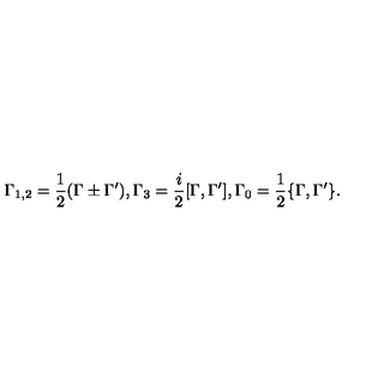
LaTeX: \Gamma _ { 1 , 2 } = \frac { 1 } { 2 } ( \Gamma \pm \Gamma ^ { \prime } ) , \Gamma _ { 3 } = \frac { i } { 2 } [ \Gamma , \Gamma ^ { \prime } ] , \Gamma _ { 0 } = \frac { 1 } { 2 } \{ \Gamma , \Gamma ^ { \prime } \} .